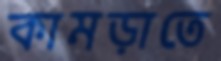
কামড়াতে